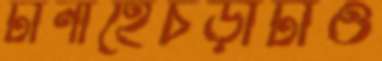
টানাহেঁচড়াটাও